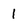
Character: 1